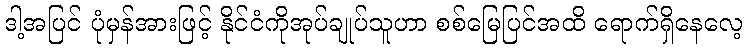
ဒါ့အပြင် ပုံမှန်အားဖြင့် နိုင်ငံကိုအုပ်ချုပ်သူဟာ စစ်မြေပြင်အထိ ရောက်ရှိနေလေ့